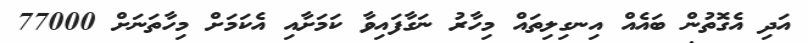
އަދި އެގޮތުން ބައެއް އިނގިލިތައް މިހާރު ނަގާފައިވާ ކަމަށާއި އެކަމަށް މިހާތަނަށް 77000